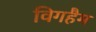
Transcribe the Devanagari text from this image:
विगहैम